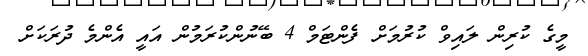
މީގެ ކުރިން ލައިވް ކުރުމަށް ފެންޓަމް 4 ބޭނުންކުރަމުން އައީ އެންމެ ދުރަކަށް